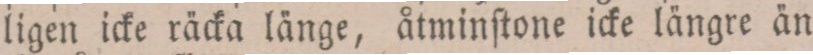
ligen icke räcka länge, åtminſtone icke längre ån